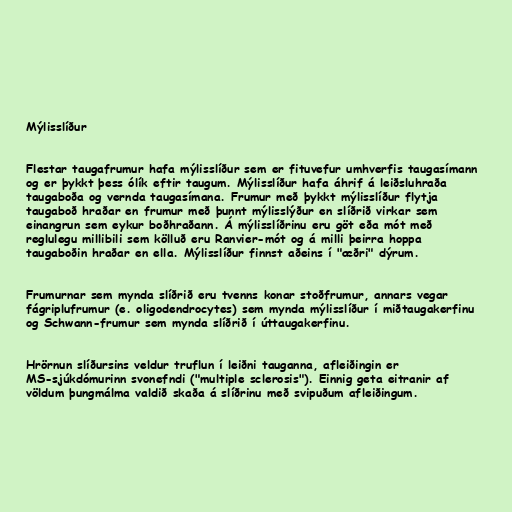
Mýlisslíður

Flestar taugafrumur hafa mýlisslíður sem er fituvefur umhverfis taugasímann
og er þykkt þess ólík eftir taugum. Mýlisslíður hafa áhrif á leiðsluhraða
taugaboða og vernda taugasímana. Frumur með þykkt mýlisslíður flytja
taugaboð hraðar en frumur með þunnt mýlisslýður en slíðrið virkar sem
einangrun sem eykur boðhraðann. Á mýlisslíðrinu eru göt eða mót með
reglulegu millibili sem kölluð eru Ranvier-mót og á milli þeirra hoppa
taugaboðin hraðar en ella. Mýlisslíður finnst aðeins í "æðri" dýrum.

Frumurnar sem mynda slíðrið eru tvenns konar stoðfrumur, annars vegar
fágriplufrumur (e. oligodendrocytes) sem mynda mýlisslíður í miðtaugakerfinu
og Schwann-frumur sem mynda slíðrið í úttaugakerfinu.

Hrörnun slíðursins veldur truflun í leiðni tauganna, afleiðingin er
MS-sjúkdómurinn svonefndi ("multiple sclerosis"). Einnig geta eitranir af
völdum þungmálma valdið skaða á slíðrinu með svipuðum afleiðingum.